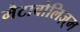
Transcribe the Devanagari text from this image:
मैटाबोलिज़्म